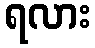
ရလား